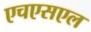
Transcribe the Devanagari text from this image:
एचएसएल